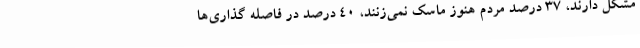
مشکل دارند، ۳۷ درصد مردم هنوز ماسک نمی‌زنند، ۴۰ درصد در فاصله گذاری‌ها